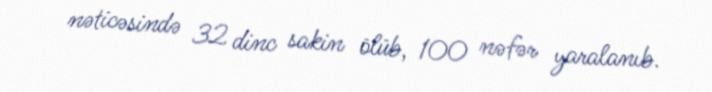
nəticəsində 32 dinc sakin ölüb, 100 nəfər yaralanıb.